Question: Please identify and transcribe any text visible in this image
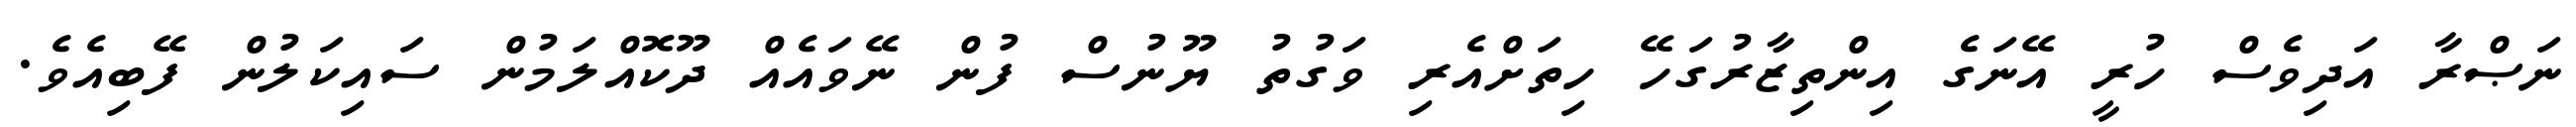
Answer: ނަޞްރާ އަދިވެސް ހުރީ އޭނަގެ އިންތިޒާރުގަހޭ ހިތަށްއެރި ވަގުތު ޔޫނުސް ފުން ނޭވައެއް ދޫކޮއްލަމުން ސައިކަލުން ފޭބިއެވެ.